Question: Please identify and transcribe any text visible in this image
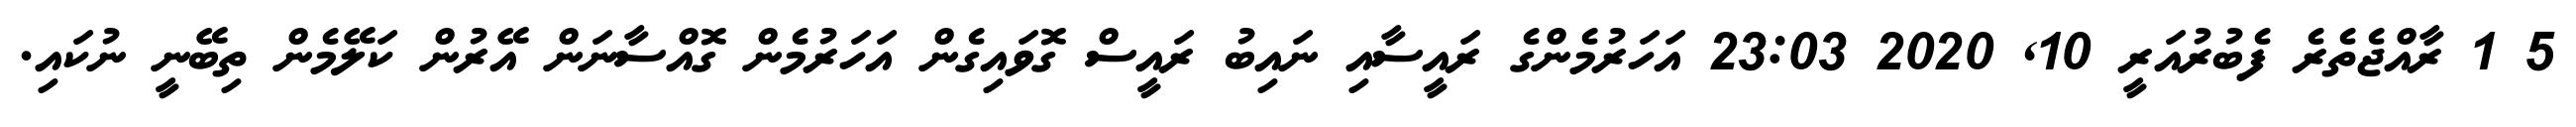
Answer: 5 1 ރާއްޖެތެރެ ފެބުރުއަރީ 10, 2020 23:03 އަހަރުމެންގެ ރައީސާއި ނައިބު ރައީސް ގޮވައިގެން އަހަރުމެން ގޮއްސާނަން އޭރުން ކަލޭމެން ތިބޭނީ ނުކައި.